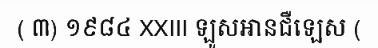
( ៣) ១៩៨៤ XXIII ឡូសអានជឺឡេស (